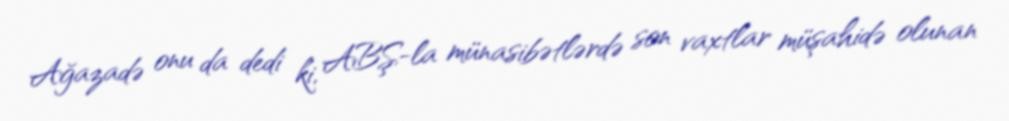
Ağazadə onu da dedi ki, ABŞ-la münasibətlərdə son vaxtlar müşahidə olunan